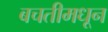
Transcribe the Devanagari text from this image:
बचतीमधून